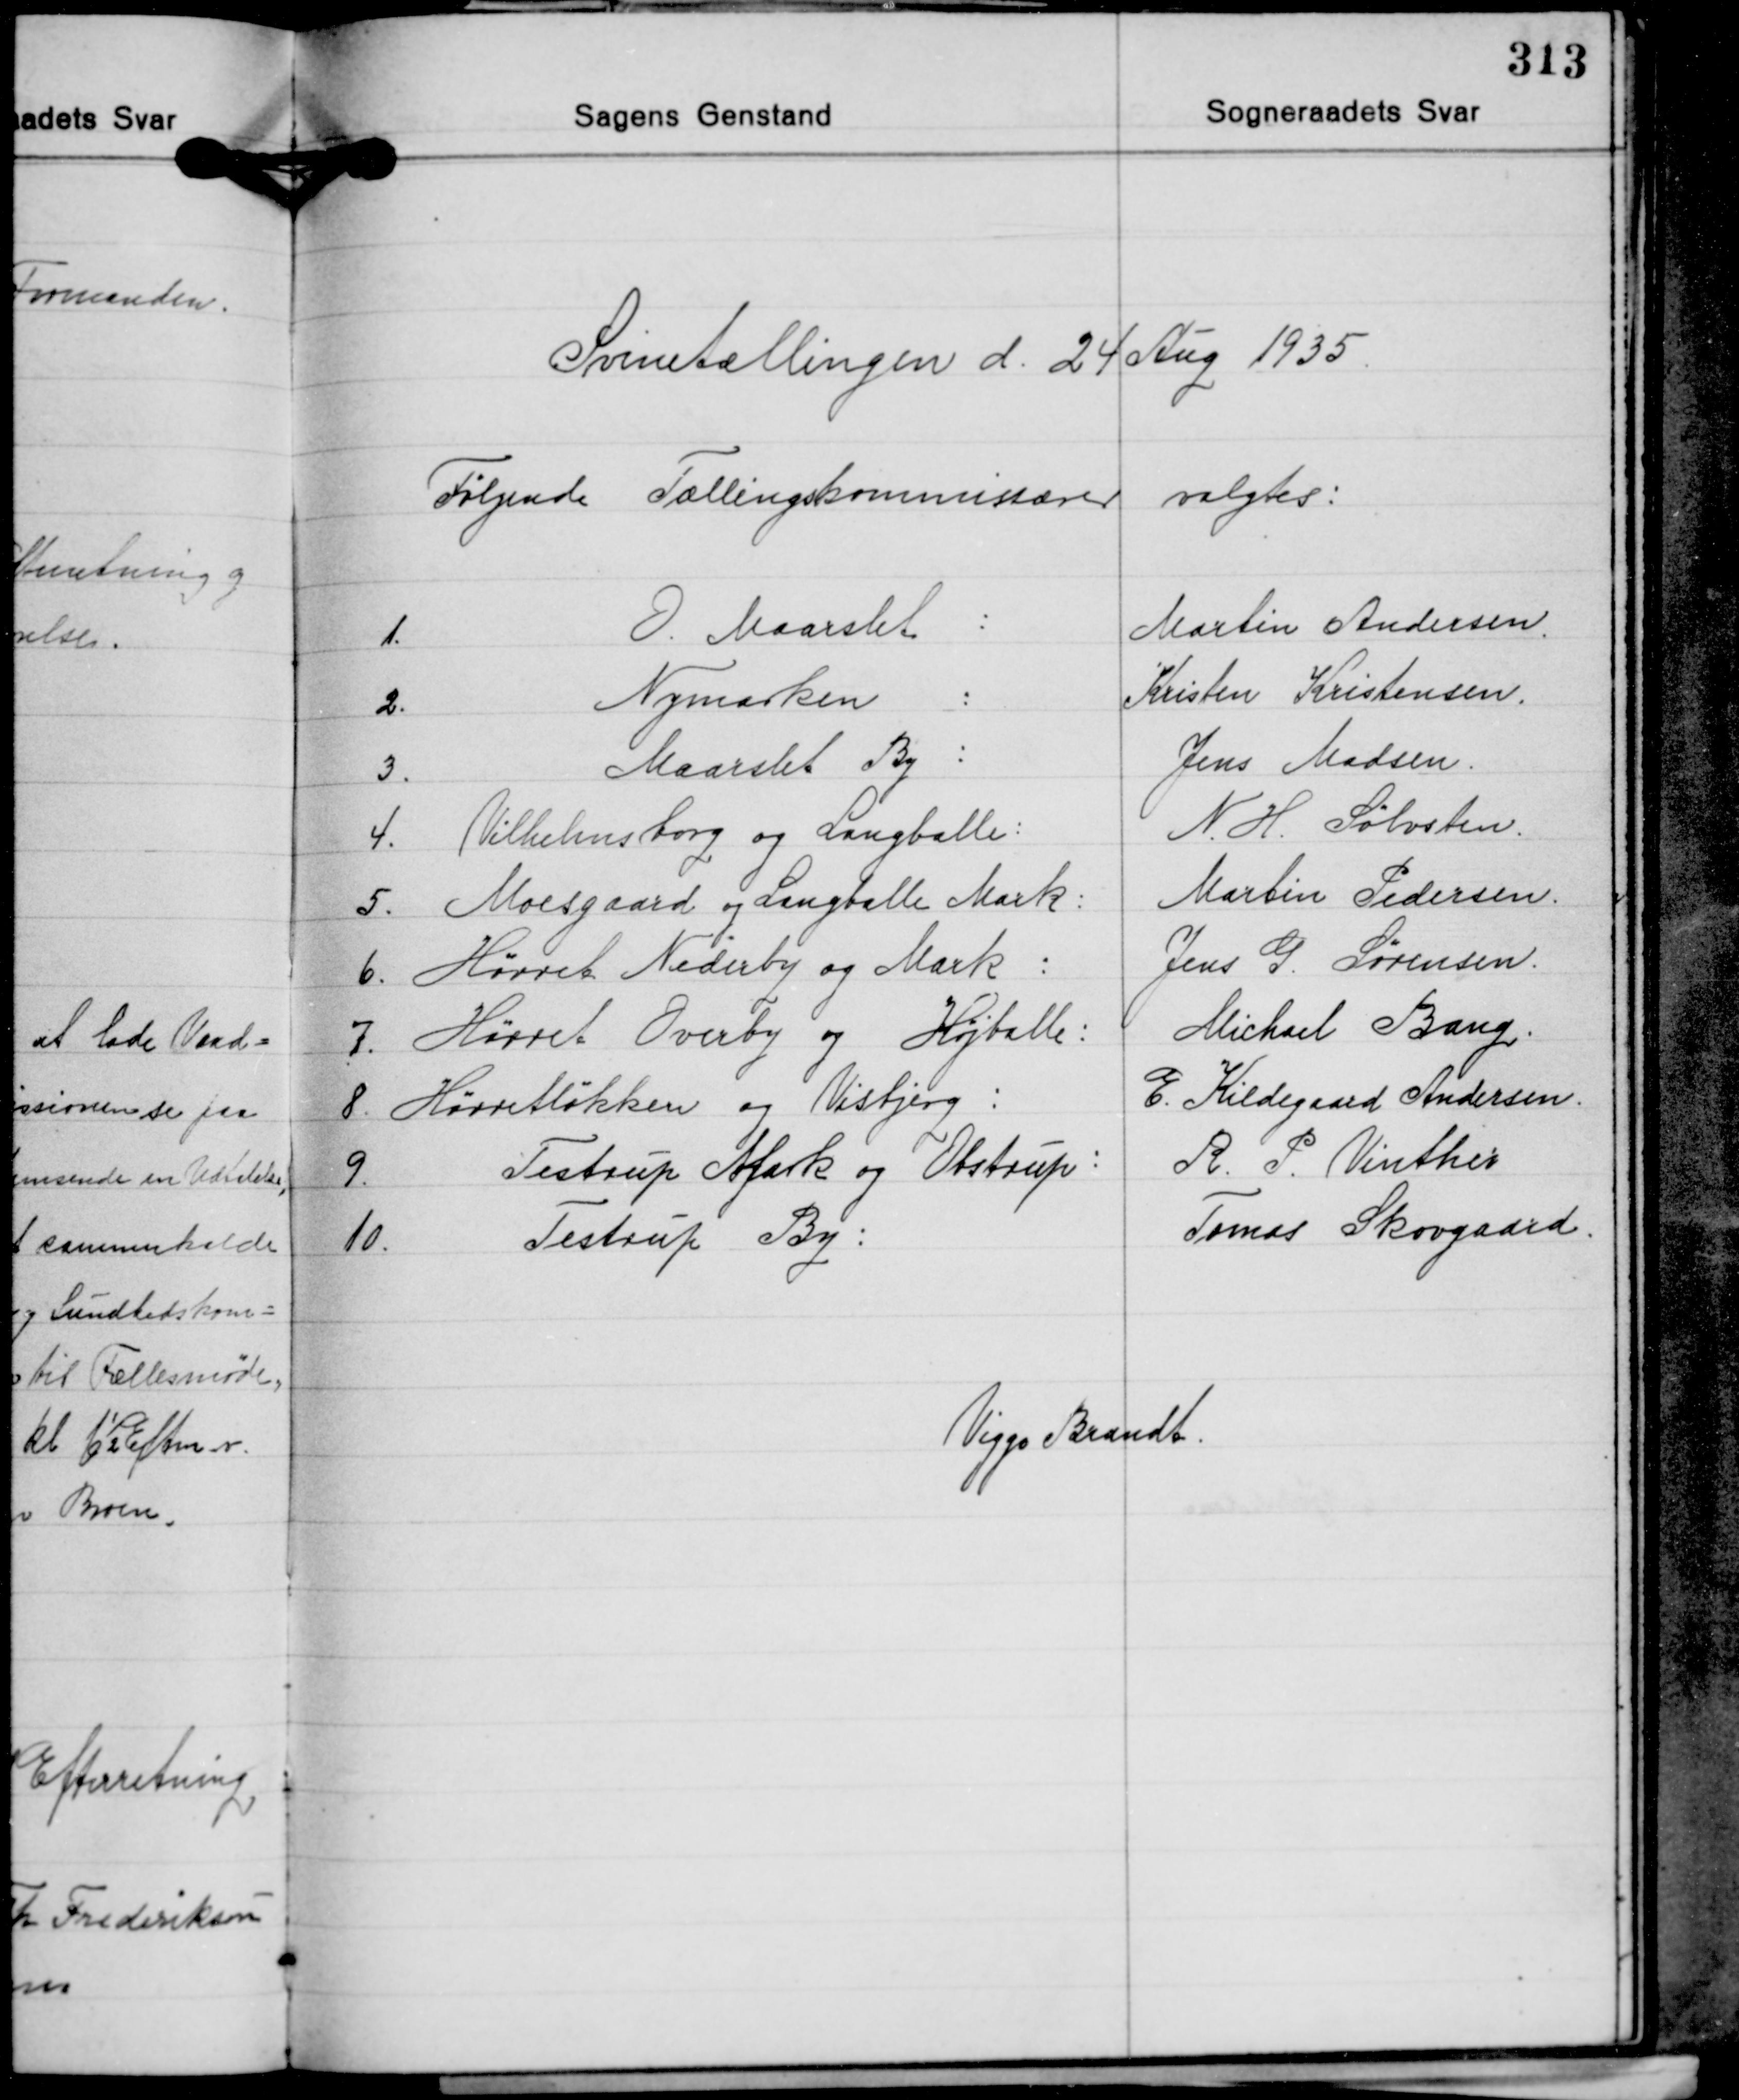
Transskription:
Svinetællingen d. 24 Aug. 1935

Følgende Tællingskommissærer valgtes:

Viggo Brandt.